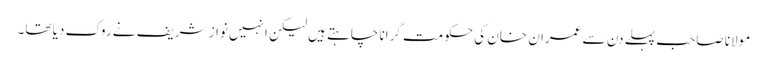
مولانا صاحب پہلے دن سے عمران خان کی حکومت گرانا چاہتے ہیں لیکن انہیں نواز شریف نے روک دیا تھا۔